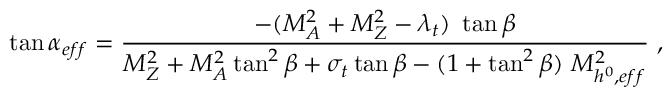
\tan \alpha _ { e f f } = \frac { - ( M _ { A } ^ { 2 } + M _ { Z } ^ { 2 } - \lambda _ { t } ) \ \tan \beta } { M _ { Z } ^ { 2 } + M _ { A } ^ { 2 } \tan ^ { 2 } \beta + \sigma _ { t } \tan \beta - ( 1 + \tan ^ { 2 } \beta ) \ M _ { h ^ { 0 } , e f f } ^ { 2 } } \ ,